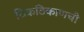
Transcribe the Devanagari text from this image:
ठिकठिकाणची